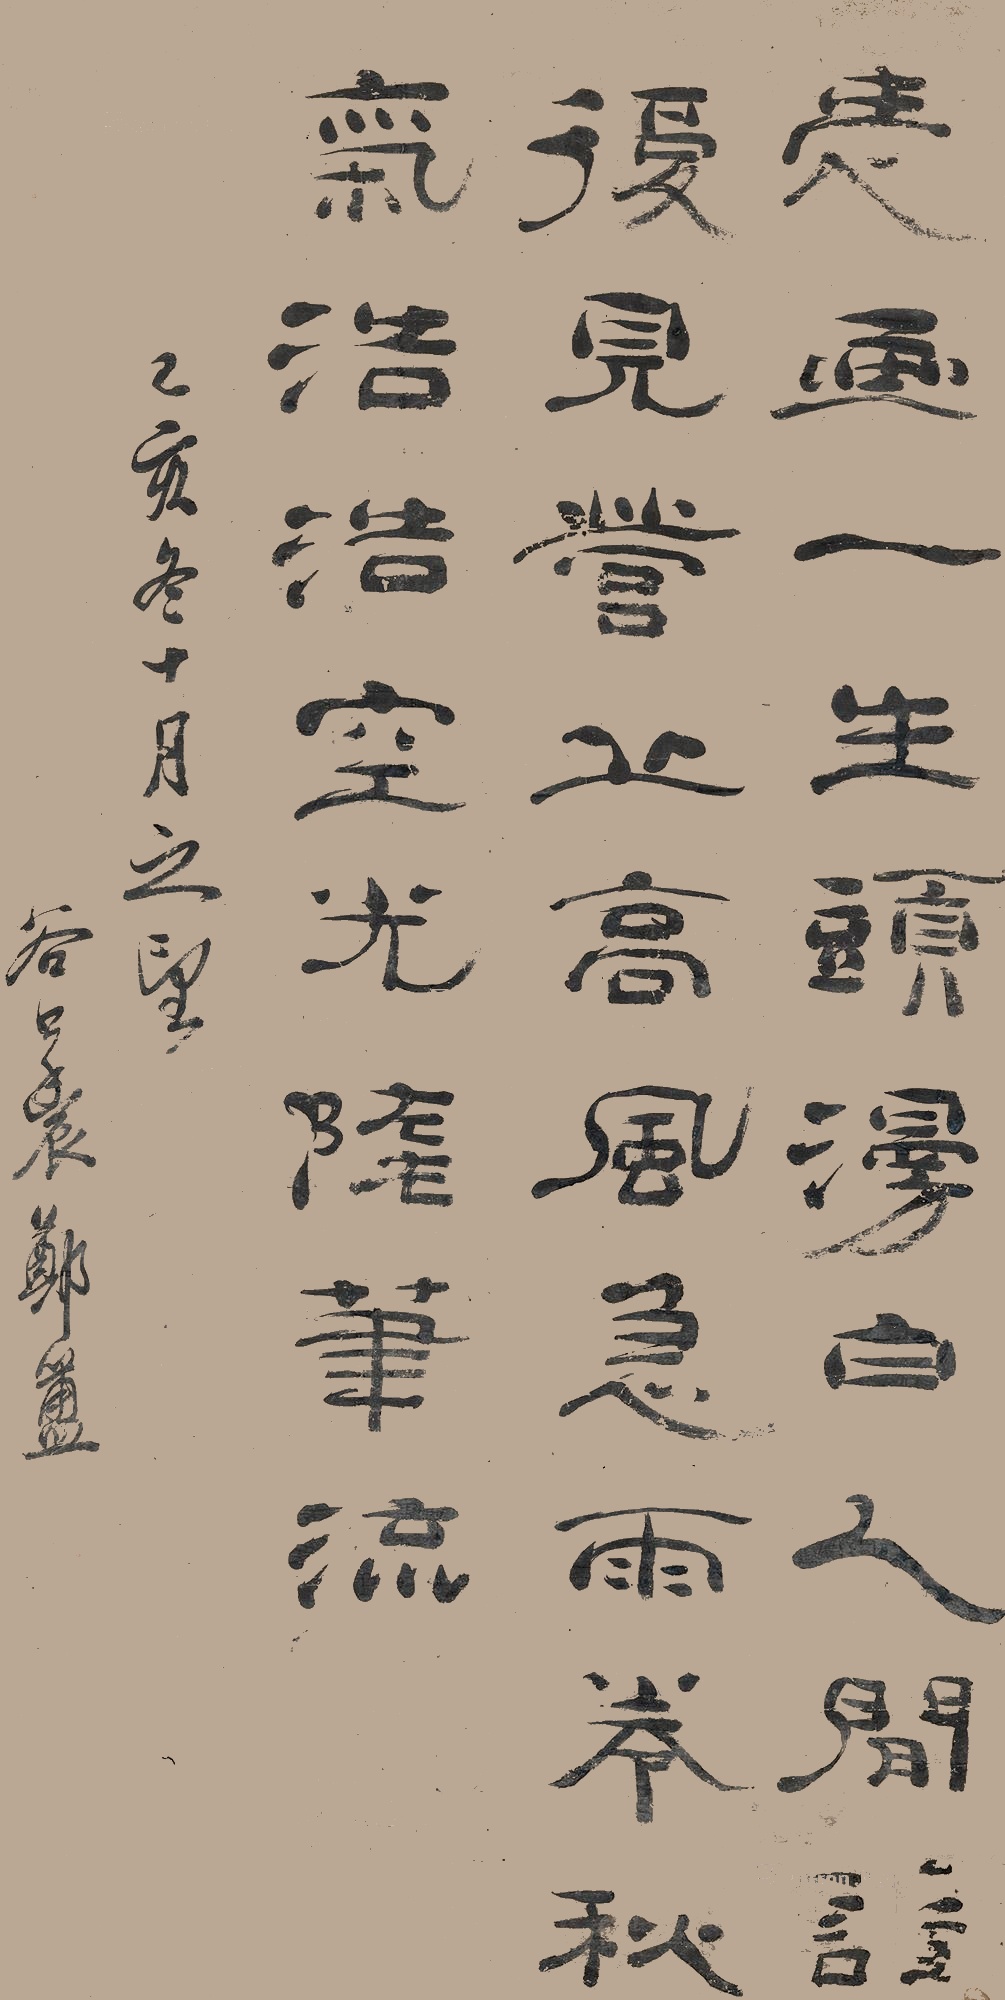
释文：爱尽一生头漫白，人间谁复见营丘。高风急雨卷秋气，浩浩空光随笔流。己亥（1659年）冬十月之望，谷口农郑簠。